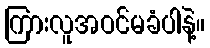
ကြားလူအဝင်မခံပါနဲ့။